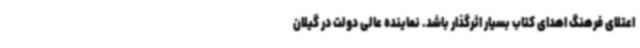
اعتلای فرهنگ اهدای کتاب بسیار اثرگذار باشد. نماینده عالی دولت در گیلان